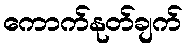
ကောက်နုတ်ချက်